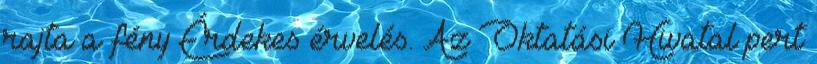
rajta a fény Érdekes érvelés. Az Oktatási Hivatal pert